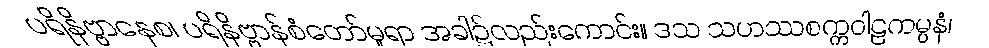
ပရိနိဗ္ဗာနေစ၊ ပရိနိဗ္ဗာန်စံတော်မူရာ အခါ၌လည်းကောင်း။ ဒသ သဟဿစက္ကဝါဠကမ္ပနံ၊